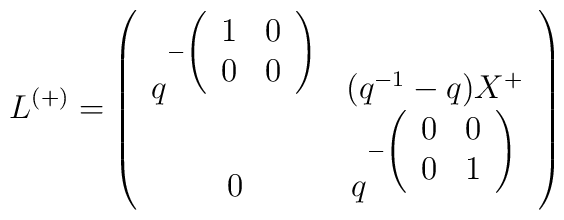
L^{(+)}=\left(\begin{array}{cc}q^{-\left(\begin{array}{cc}1&0\\0&0\end{array}\right)}&(q^{-1}-q)X^{+}\\0&q^{-\left(\begin{array}{cc}0&0\\0&1\end{array}\right)}\end{array}\right)